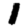
Digit: 1